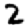
Digit: 2